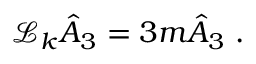
\mathcal { L } _ { k } \hat { A } _ { 3 } = 3 m \hat { A } _ { 3 } \; .